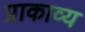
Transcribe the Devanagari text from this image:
प्राकाव्य